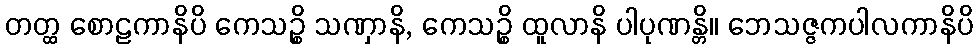
တတ္ထ စောဠကာနိပိ ကေသဉ္စိ သဏှာနိ, ကေသဉ္စိ ထူလာနိ ပါပုဏန္တိ။ ဘေသဇ္ဇကပါလကာနိပိ